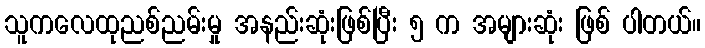
သူကလေထုညစ်ညမ်းမှု အနည်းဆုံးဖြစ်ပြီး ၅ က အများဆုံး ဖြစ် ပါတယ်။